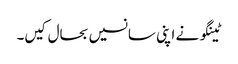
ٹینگو نے اپنی سانسیں بحال کیں۔